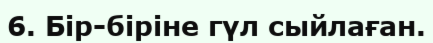
6. Бір-біріне гүл сыйлаған.